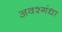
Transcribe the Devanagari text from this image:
अवश्गंधा